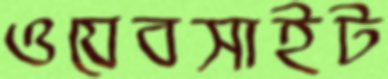
ওযেবসাইট